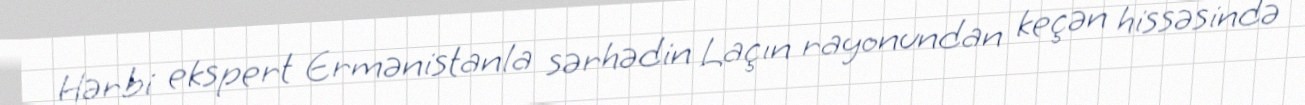
Hərbi ekspert Ermənistanla sərhədin Laçın rayonundan keçən hissəsində